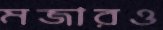
মজারও